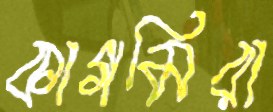
কাগমিরা